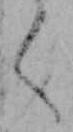
く